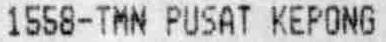
1558-TMN PUSAT KEPONG